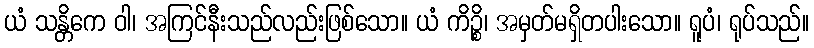
ယံ သန္တိကေ ဝါ၊ အကြင်နီးသည်လည်းဖြစ်သော။ ယံ ကိဉ္စိ၊ အမှတ်မရှိတပါးသော။ ရူပံ၊ ရုပ်သည်။